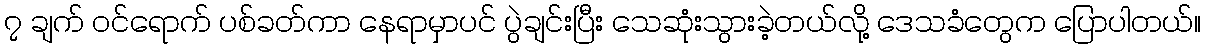
၇ ချက် ဝင်ရောက် ပစ်ခတ်ကာ နေရာမှာပင် ပွဲချင်းပြီး သေဆုံးသွားခဲ့တယ်လို့ ဒေသခံတွေက ပြောပါတယ်။